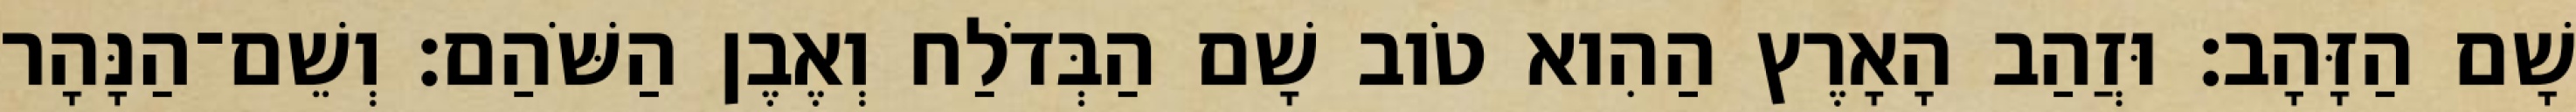
שָׁם הַזָּהָב׃ וּזֲהַב הָאָרֶץ הַהִוא טֹוב שָׁם הַבְּדֹלַח וְאֶבֶן הַשֹּׁהַם׃ וְשֵׁם־הַנָּהָר